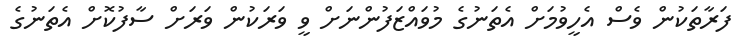
ފަރާތަކުން ވެސް އެހީވުމަށް އެތަނުގެ މުވައްޒަފުންނަށް ވީ ވަރަކުން ވަރަށް ސާފުކޮށް އެތަނުގެ